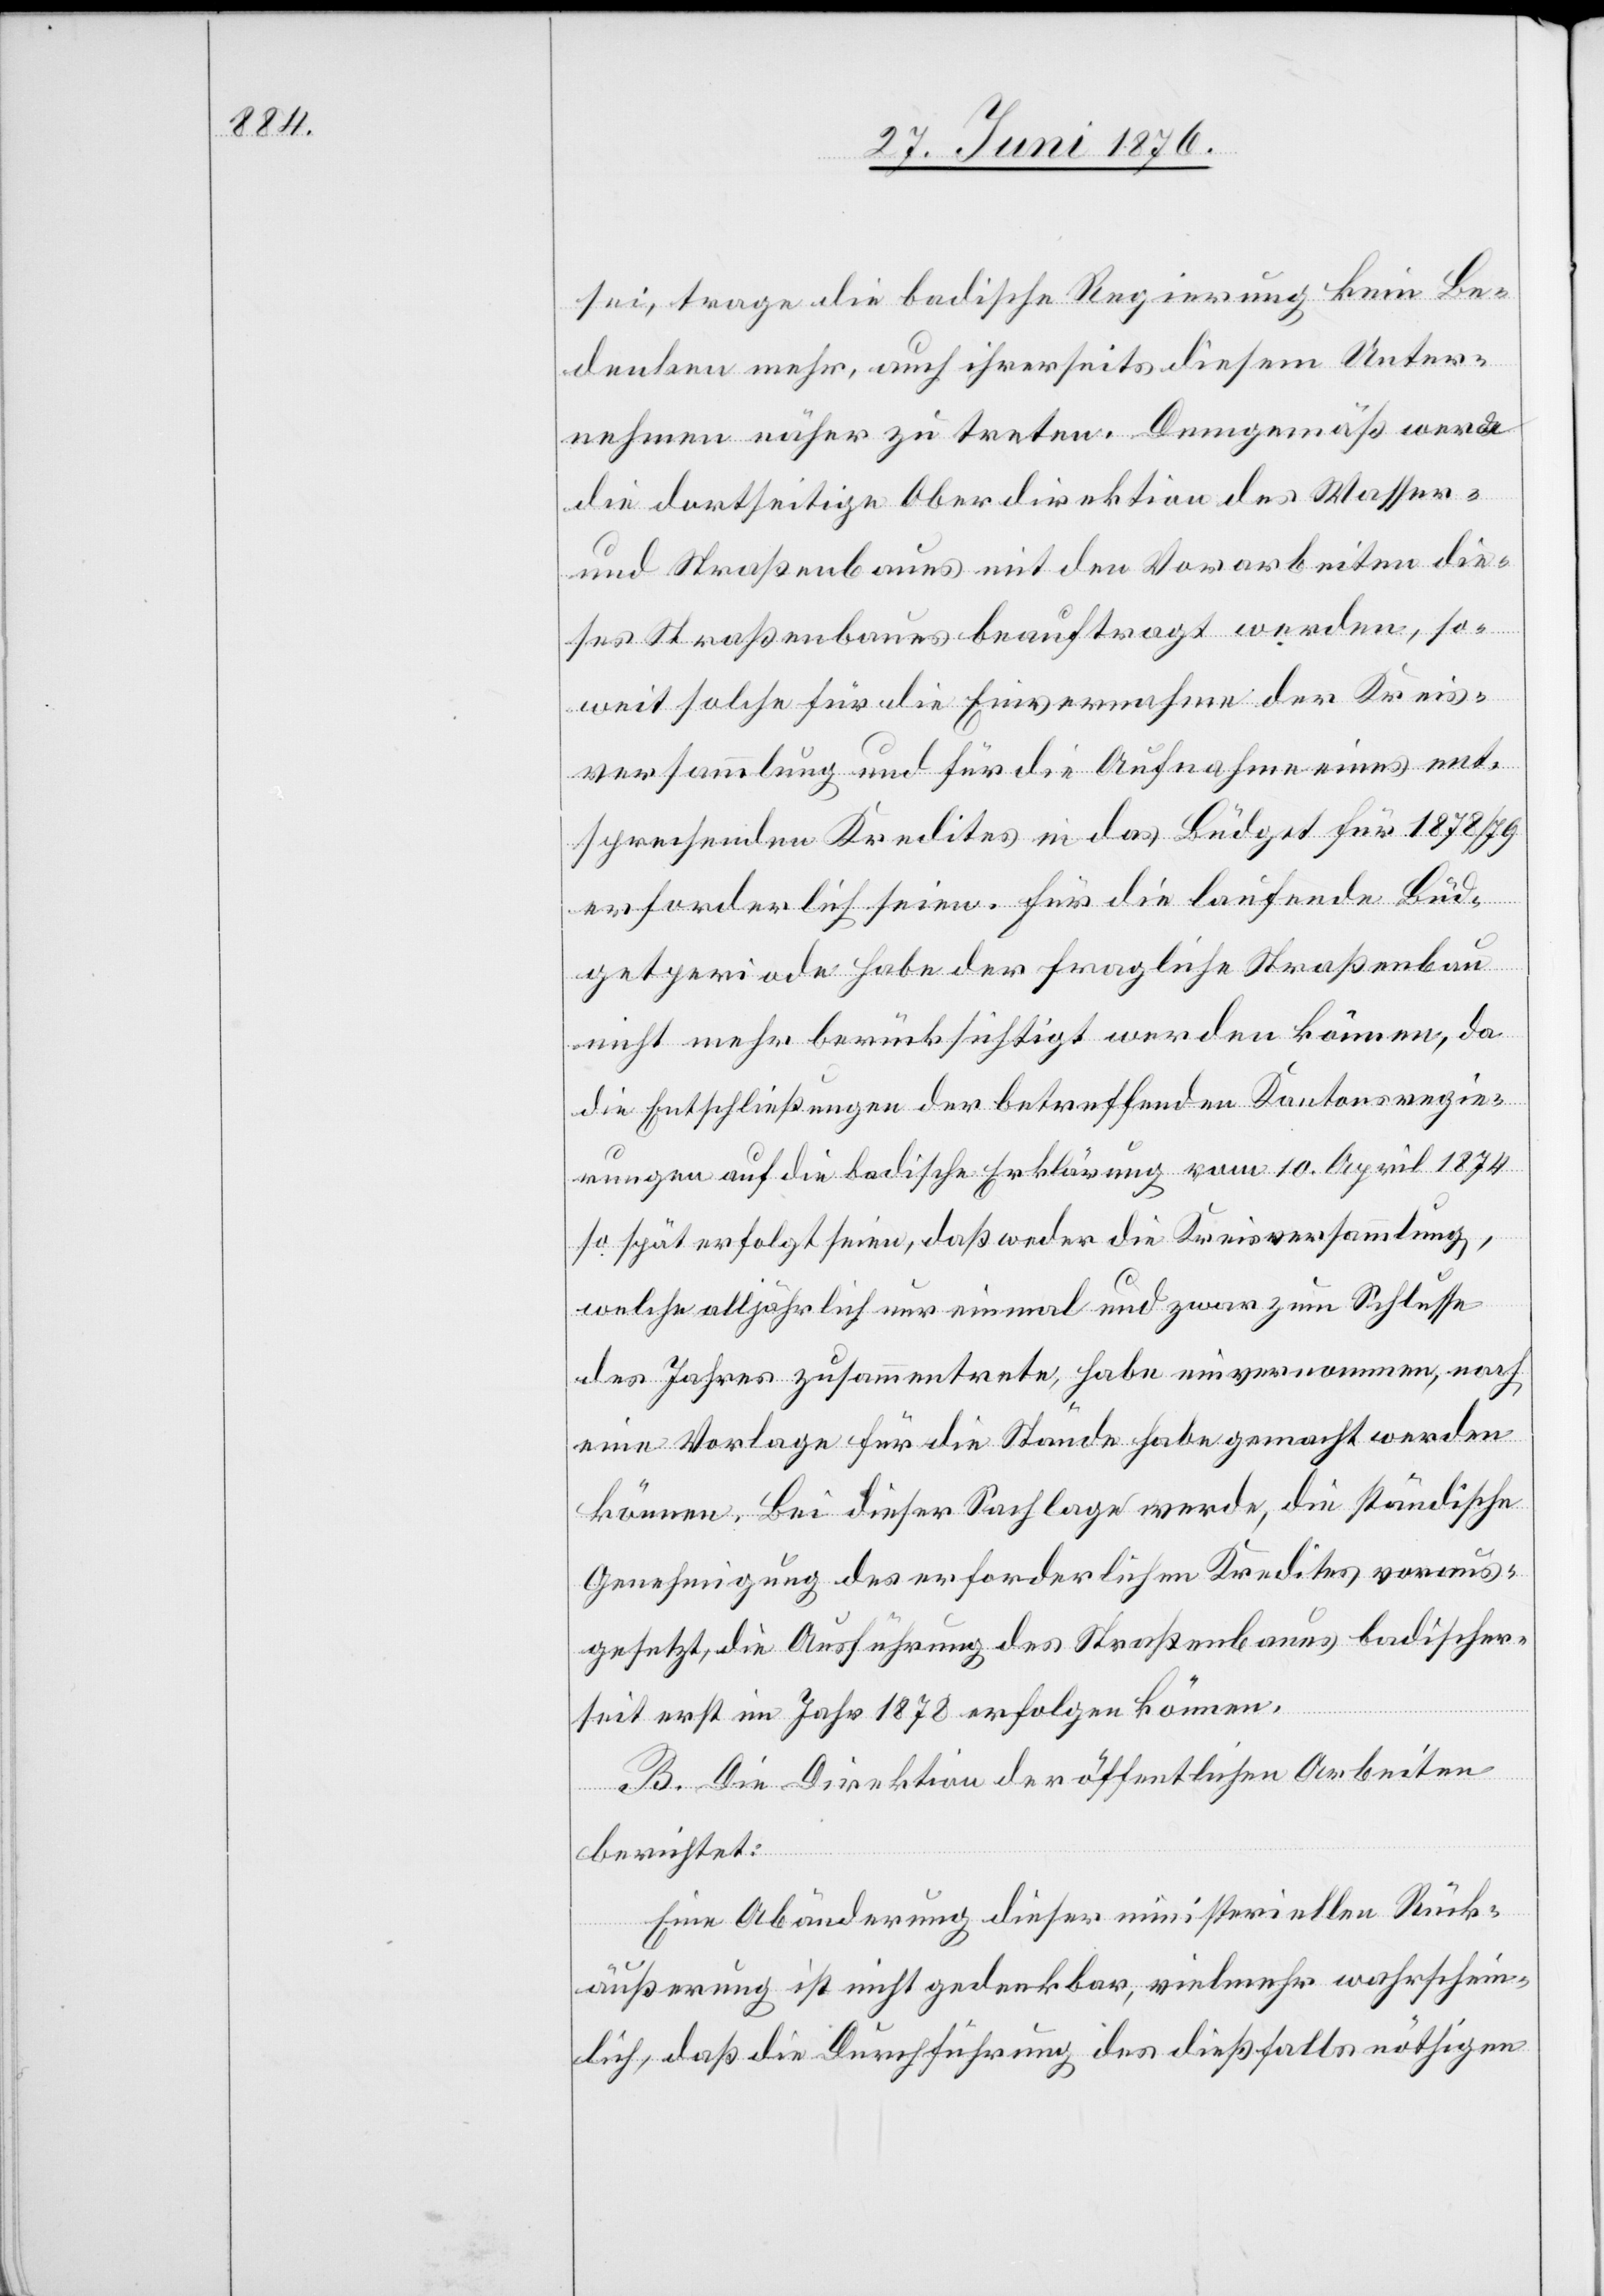
sei, trage die badische Regierung kein Be¬
denken mehr, auch ihrerseits diesem Unter¬
nehmen näher zu treten. Demgemäß werde
die dortseitige Oberdirektion des Wasser-
und Straßenbaues mit den Vorarbeiten die¬
ses Straßenbaues beauftrag werden, so¬
weit solche für die Einvernahme der Kreis¬
versammlung und für die Aufnahme eines ent¬
sprechenden Kredites in das Büdget für 1878/79
erforderlich seien. Für die laufende Bud¬
getperiode habe der fragliche Straßenbau
nicht mehr berücksichtigt werden können, da
die Entschließung der betreffenden Kantonsregie¬
rungen auf die badische Erklärung vom 10. April 1874
so spät erfolgt seien, das weder die Kreisversammlung,
welche alljährlich nur einmal und zwar zum Schlusse
des Jahres zusammentrete, habe einvernommen, noch
eine Vorlage für die Stände habe gemacht werden
können. Bei dieser Sachlage werde, die ständische
Genehmigung des erforderlichen Kredites voraus¬
gesetzt, die Ausführung des Straßenbaues badischer¬
seit[s] erst im Jahr 1878 erfolgen können.
B. Die Direktion der öffentlichen Arbeiten
berichtet:
Eine Abänderung dieser ministeriellen Rück¬
äußerung ist nicht gedenkbar, vielmehr wahrschein¬
lich, daß die Durchführung des dießfalls nöthigen